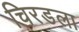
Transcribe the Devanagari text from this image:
चिरडला